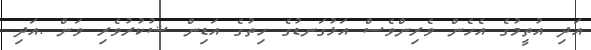
އަދި އުތީމުގެ އެހެން ވެރިންވެސް އަޅުގަނޑުގެ ހިތުގެ އަޑިން ޝުކުރުވެރި ވަން .އަދި